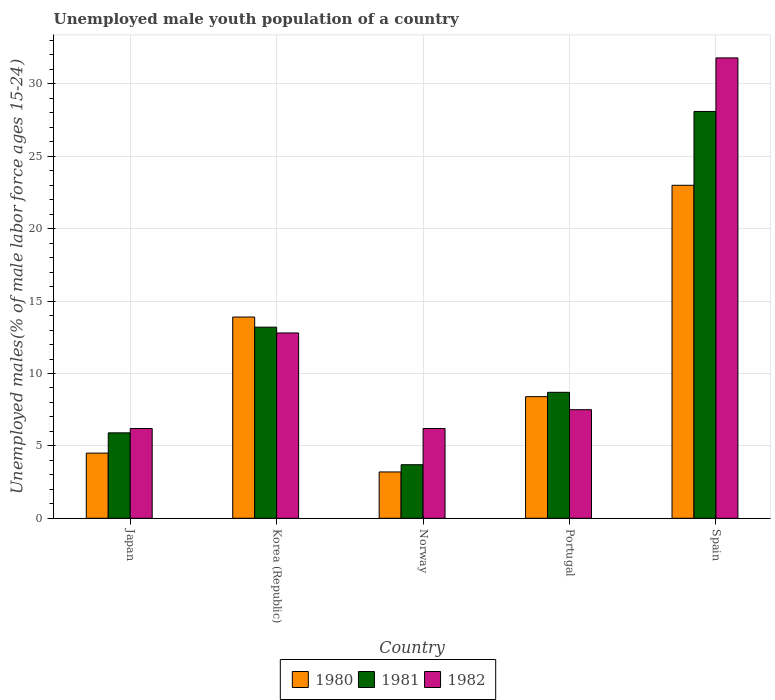
| Country | 1980 | 1981 | 1982 |
 | --- | --- | --- | --- |
 | Japan | 4.5 | 5.9 | 6.2 |
 | Korea (Republic) | 13.9 | 13.2 | 12.8 |
 | Norway | 3.2 | 3.7 | 6.2 |
 | Portugal | 8.4 | 8.7 | 7.5 |
 | Spain | 23 | 28.1 | 31.8 |